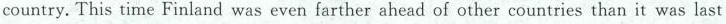
country. This time Finland was even farther ahead of other countries than it was last